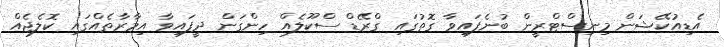
އެޑިއުކޭޝަން މިނިސްޓްރީން ބުނެފައިވާ ގޮތުގައި ގްރޭޑް ސްކޫލެއް ހިންގަން ދީފައިވާ އިމާރާތެއްގައި ކޮލެޖެއް